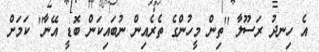
އެ ހިނދު ރަސޫލާ ''ތިން މީހުންގެ ތެރެއިން ނުބައިކަން ބޮޑީ އޭނާ'' ކަމަށް